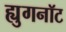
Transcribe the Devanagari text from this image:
ह्युगनॉट